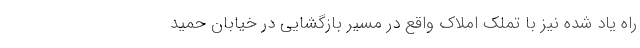
راه یاد شده نیز با تملک املاک واقع در مسیر بازگشایی در خیابان حمید